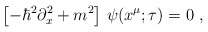
\begin{align*}\left[-\hbar^2\partial^2_x+m^2\right]\,\psi(x^\mu;\tau)=0\ ,\end{align*}